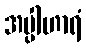
အပ္ပါဟာရံ